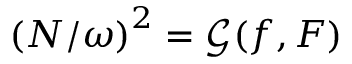
\left( { N } / { \omega } \right) ^ { 2 } = \mathcal { G } ( f , F )